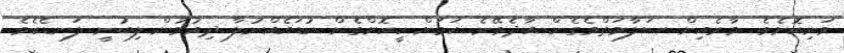
ވަނިކޮށެވެ. ވާރެއިން ސަލާމަތްވެގެން އާދެވޭނެ ކަމަށް ހީކޮށްގެން ކުޑައެއްނުލާ ދިއުމުން ލިބުނީ ލަނޑެކެވެ.